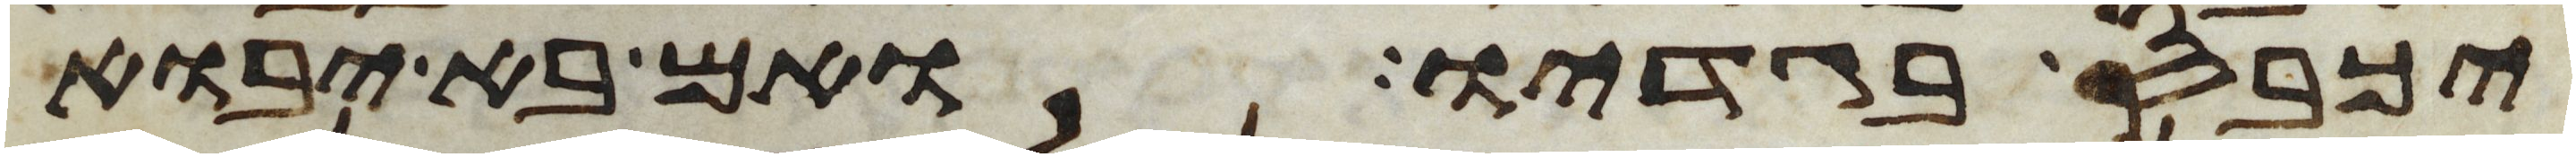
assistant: יכבס בגדיו ואם בא יבוא